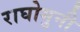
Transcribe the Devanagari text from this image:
राघोमुनी